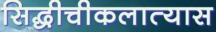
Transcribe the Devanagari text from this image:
सिद्धीचीकलात्यास